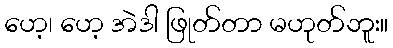
ဟေ့၊ ဟေ့ အဲဒါ ဖြုတ်တာ မဟုတ်ဘူး။